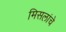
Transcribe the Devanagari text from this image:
मिसलांचे